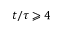
t / \tau \geqslant 4